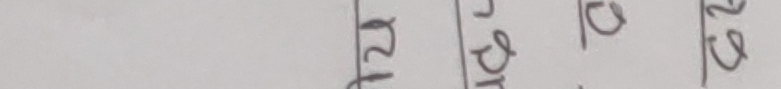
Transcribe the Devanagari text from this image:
१२ प्र क २२